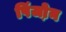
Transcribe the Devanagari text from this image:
पिंजो़न